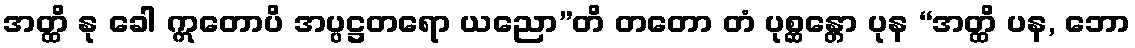
အတ္ထိ နု ခေါ ဣတောပိ အပ္ပဋ္ဌတရော ယညော”တိ တတော တံ ပုစ္ဆန္တော ပုန “အတ္ထိ ပန, ဘော